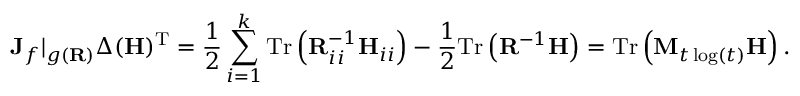
\mathbf { J } _ { f } | _ { g ( \mathbf { R } ) } \boldsymbol { \Delta } ( \mathbf { H } ) ^ { \mathrm { T } } = \frac { 1 } { 2 } \sum _ { i = 1 } ^ { k } \mathrm { T r } \left( \mathbf { R } _ { i i } ^ { - 1 } \mathbf { H } _ { i i } \right) - \frac { 1 } { 2 } \mathrm { T r } \left( \mathbf { R } ^ { - 1 } \mathbf { H } \right) = \mathrm { T r } \left( \mathbf { M } _ { t \log ( t ) } \mathbf { H } \right) .